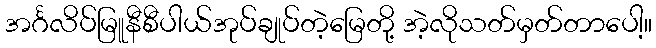
အင်္ဂလိပ်မြူနီစီပါယ်အုပ်ချုပ်တဲ့မြေတို့ အဲ့လိုသတ်မှတ်တာပေါ့။